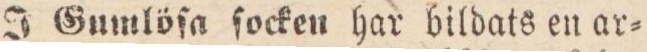
J Gumlöſa ſocken har bildats en ar=